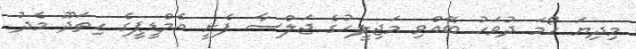
މިދިޔަ ހޯމަ ދުވަހު ބޭއްވި މަޖިލީހުގެ ޖަލްސާ ފެށީ އެމްޑީޕީގެ ހިތަދޫ މެދު